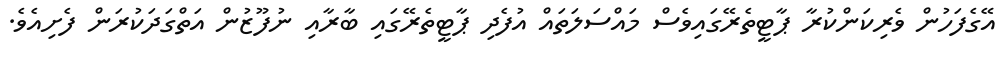
އޭގެފަހުން ވެރިކަންކުރާ ޕާޓީތެރޭގައިވެސް މައްސަލަތައް އުފެދި ޕާޓީތެރޭގައި ބާރާއި ނުފޫޒުން އަތްގަދަކުރަން ފެށިއެވެ.